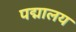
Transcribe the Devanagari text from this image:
पद्मालय